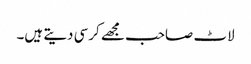
لاٹ صاحب مجھے کرسی دیتے ہیں۔